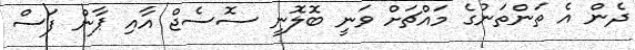
ދެން އެ ތަންތަނުގެ މައްޗަށް ވަނީ ބޮލޮނީ ސޮސެޖް އާއި ޕާން ފަސް